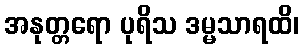
အနုတ္တရော ပုရိသ ဒမ္မသာရထိ၊